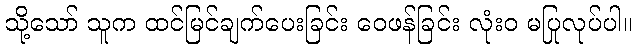
သို့သော် သူက ထင်မြင်ချက်ပေးခြင်း ဝေဖန်ခြင်း လုံးဝ မပြုလုပ်ပါ။